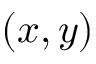
( x , y )